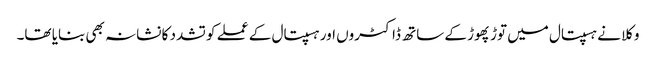
وکلا نے ہسپتال میں توڑ پھوڑ کے ساتھ ڈاکٹروں اور ہسپتال کے عملے کو تشدد کا نشانہ بھی بنایا تھا۔